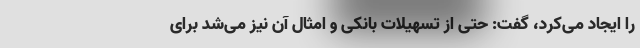
را ایجاد می‌کرد، گفت: حتی از تسهیلات بانکی و امثال آن نیز می‌شد برای